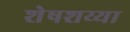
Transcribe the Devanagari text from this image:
शेषशय्या